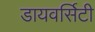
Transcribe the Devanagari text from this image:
डायवर्सिटी